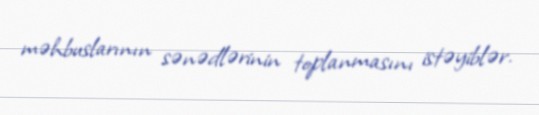
məhbuslarının sənədlərinin toplanmasını istəyiblər.